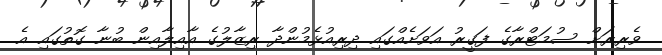
ވެރިރަށް ސުމަޓްރާގެ ފަގީރު އަވަށެއްގައި ދިރިއުޅެމުންދާ ރިޒާލުގެ އާއިލާއިން ބުނާ ގޮތުގައި އެ